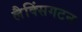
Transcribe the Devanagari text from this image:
लैक्सिंगटन